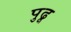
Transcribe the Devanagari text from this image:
पुढू